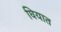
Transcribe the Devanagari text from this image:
घियात